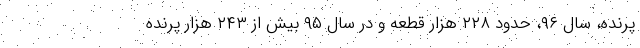
پرنده، سال ۹۶، حدود ۲۲۸ هزار قطعه و در سال ۹۵ بیش از ۲۴۳ هزار پرنده